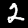
Digit: 2